Civil Veterinary Department Bihar & Orissa reports 1922-29 - 1922-1929
Year: 1922
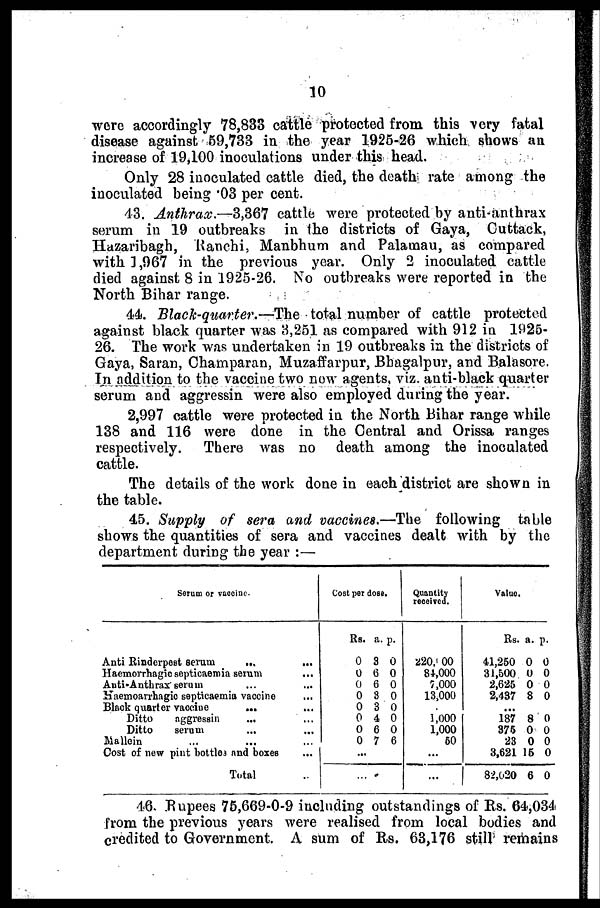
10
were accordingly 78,833 cattle protected from this very fatal
disease against 59,733 in the year 1925-26 which shows an
increase of 19,100 inoculations under this head.
Only 28 inoculated cattle died, the death rate among the
inoculated being .03 per cent.
43. Anthrax.—3,367 cattle were protected by anti-anthrax
serum in 19 outbreaks in the districts of Gaya, Cuttack,
Hazaribagh, Ranchi, Manbhum and Palamau, as compared
with 1,967 in the previous year. Only 2 inoculated cattle
died against 8 in 1925-26. No outbreaks were reported in the
North Bihar range.
44. Black-quarter.—The
total number of cattle protected
against black quarter was 3,251 as compared with 912 in 1925-
26. The work was undertaken in 19 outbreaks in the districts of
Gaya, Saran, Champaran, Muzaffarpur, Bbagalpur, and Balasore.
In addition to the vaccine two now agents, viz. anti-black quarter
serum and aggressin were also employed during the year.
2,997 cattle were protected in the North Bihar range while
138 and 116 were done in the Central and Orissa ranges
respectively.
There was no death among the inoculated
cattle.
The details of the work done in each district are shown in
the table.
4,5. Supply of sera and vaccines.—The following table
shows the quantities of sera and vaccines dealt with by the
department during the year :—
Serum or vaccine
Anti Rinderpest serum
...
Haemorrhagic septicaemia serum
Auti-Anthrax 'serum
Haemoarrhagio septicaemia vaccine
Black quarter vaccine
...
...
Ditto
nggressin
Ditto
serum
Mallein
Cost of new pint bottles and boxes
Total
Cost per dost.
Rs.
0
0
0
0
0
0
0
0
...
...
a.
3
6
6
3
3
4
6
7
p.
0
0
0
0
0
0
0
6
Quantity
received.
220. 00
84,000
7,000
13,000
1,000
1,000
80
...
...
Value.
Rs.
41,250
31,500 0
2,625
2,437
...
187
375
23
3,621
82,020
a.
0
0
8
8
0
0
15
6
p.
0
0
0
0
0
0
0
0
0
46. Rupees 75,669-0-9 including outstandings of Rs. 64,034
from the previous years were realised from local bodies and
credited to Government. A sum of Rs. 63,176 still remains